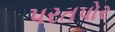
પરતપોર